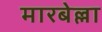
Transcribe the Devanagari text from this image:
मारबेल्ला